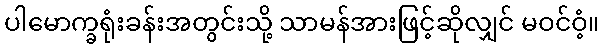
ပါမောက္ခရုံးခန်းအတွင်းသို့ သာမန်အားဖြင့်ဆိုလျှင် မဝင်ဝံ့။